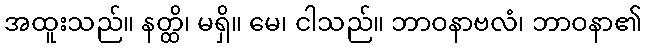
အထူးသည်။ နတ္ထိ၊ မရှိ။ မေ၊ ငါသည်။ ဘာဝနာဗလံ၊ ဘာဝနာ၏